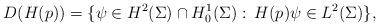
LaTeX: \begin{align*}D(H(p)) = \{\psi\in H^2(\Sigma) \cap H^1_0(\Sigma):\: H(p)\psi\in L^2(\Sigma)\}, \end{align*}